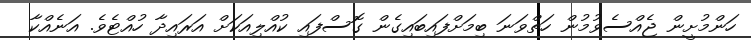
ހަންމުށީން ޖެއްސެވުމުން ހަތްވަނަ ބިމަށްފައިބައިގެން ގޮސްފައި ކުއްލިއަކަށް އަރައިދާ ހުއްޓެވެ. އަނެއްކާ